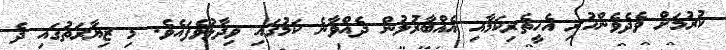
ކުރުމަށް ވެދެވެންހުރި އެހީތެރިކަމާއި އެއްބާރުލުން ދެއްވާނެ ކަމުގައި ވިދާޅުވެފައެވެ. މި ޒިޔާރަތުގައި ދެ